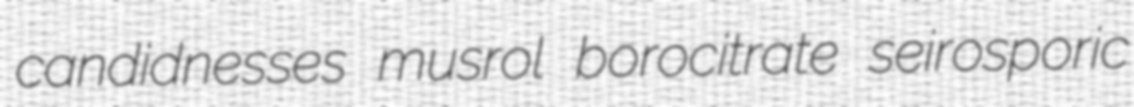
candidnesses musrol borocitrate seirosporic